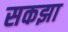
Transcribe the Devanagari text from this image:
सकझा